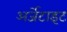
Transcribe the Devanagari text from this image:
अर्जेटाइट